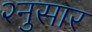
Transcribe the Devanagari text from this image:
२नुसार